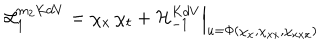
{ \cal L } _ { 1 } ^ { m _ { 2 } K d V } = \chi _ { x } \, \chi _ { t } + { \cal H } _ { - 1 } ^ { K d V } \Big | _ { u = \Phi ( \chi _ { x } , \chi _ { x x } , \chi _ { x x x } ) }